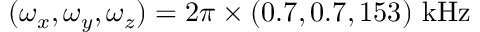
( \omega _ { x } , \omega _ { y } , \omega _ { z } ) = 2 \pi \times ( 0 . 7 , 0 . 7 , 1 5 3 ) ~ \mathrm { { k H z } }